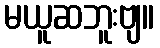
မယူဆဘူးဗျ။